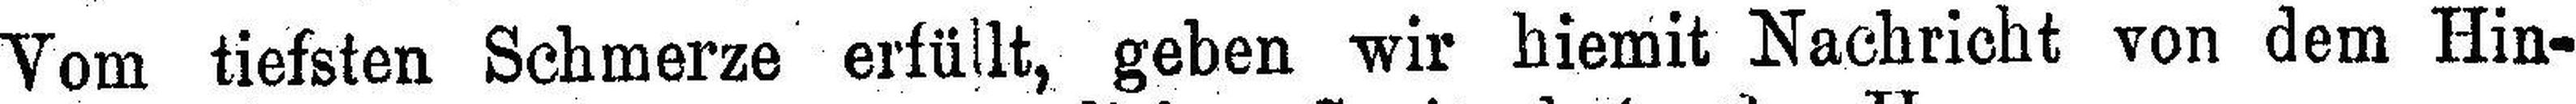
Vom tiefsten Schmerze erfüllt, geben wir hiemit Nachricht von dem Hin¬